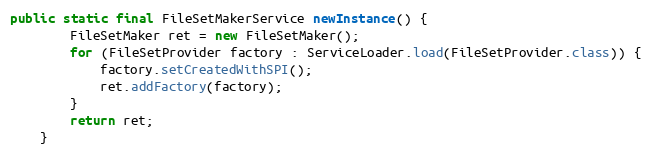
Language: Java
public static final FileSetMakerService newInstance() {
		FileSetMaker ret = new FileSetMaker();
		for (FileSetProvider factory : ServiceLoader.load(FileSetProvider.class)) {
			factory.setCreatedWithSPI();
			ret.addFactory(factory);
		}
		return ret;
	}